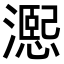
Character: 𪷨